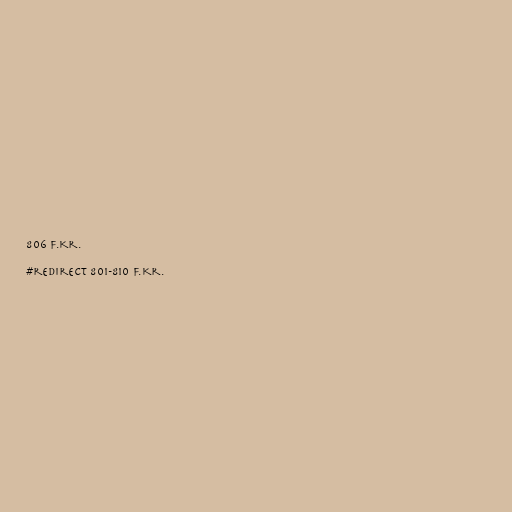
806 f.Kr.

#redirect 801-810 f.Kr.